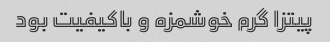
پیتزا گرم خوشمزه و باکیفیت بود